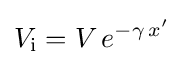
V_{\mathrm {i} }=V\,e^{-\gamma \,x'}\,\!